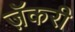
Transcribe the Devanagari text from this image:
ज़ॅकरी